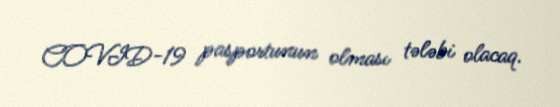
COVID-19 pasportunun olması tələbi olacaq.